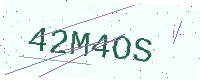
Text: 42M4OS